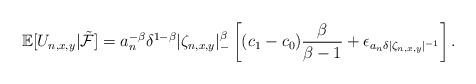
\begin{align*}\mathbb E[U_{n,x,y}|\tilde{\mathcal F}]=a_n^{-\beta}\delta^{1-\beta}|\zeta_{n,x,y}|_-^\beta\left[(c_1-c_0)\frac{\beta}{\beta-1}+\epsilon_{a_n\delta|\zeta_{n,x,y}|^{-1}}\right].\end{align*}